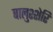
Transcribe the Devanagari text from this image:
बालुश्शेरि